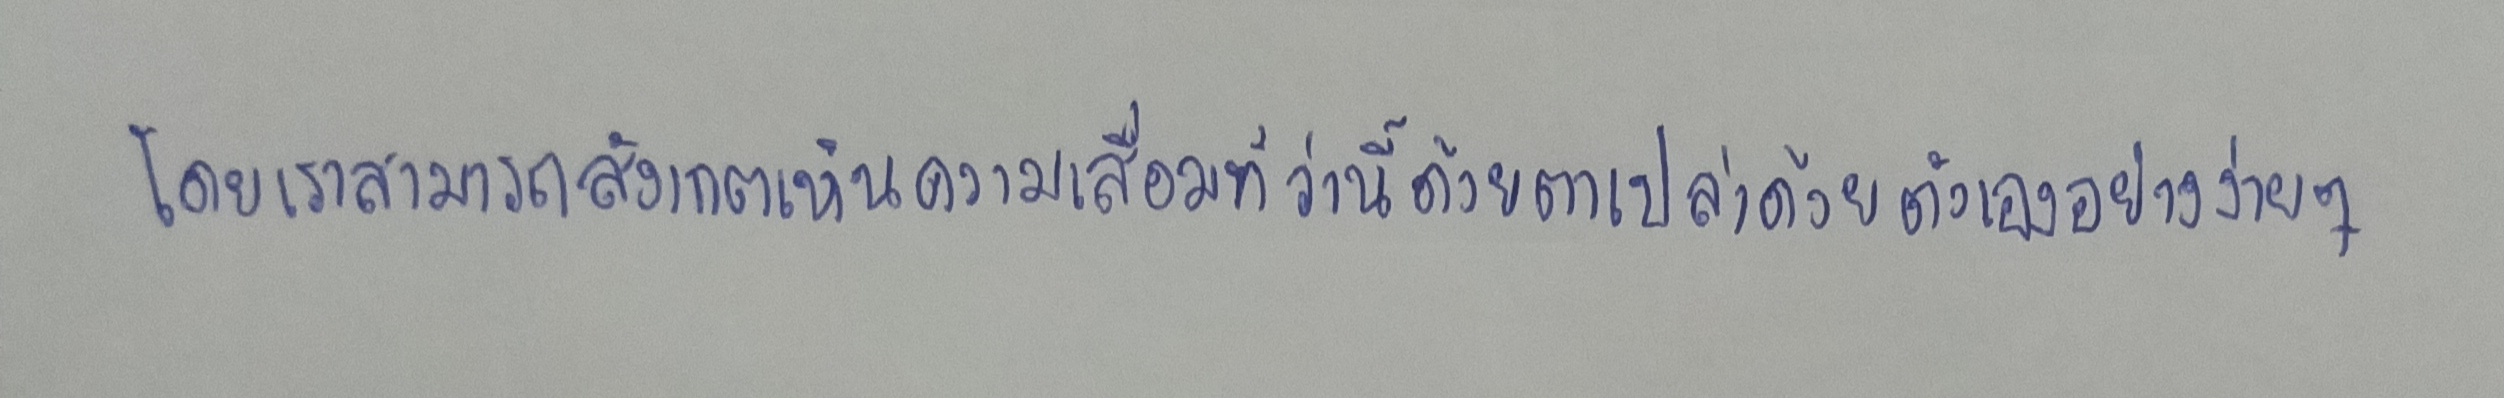
โดยเราสามารถสังเกตเห็นความเสื่อมที่ว่านี้ด้วยตาเปล่าด้วยตัวเองอย่างง่ายๆ